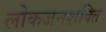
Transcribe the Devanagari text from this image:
लोकजनशक्ति